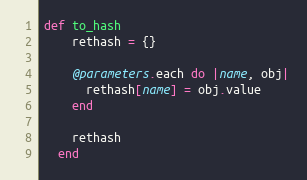
Language: Ruby
def to_hash
    rethash = {}

    @parameters.each do |name, obj|
      rethash[name] = obj.value
    end

    rethash
  end